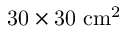
\mathrm { 3 0 \times 3 0 ~ c m ^ { 2 } }